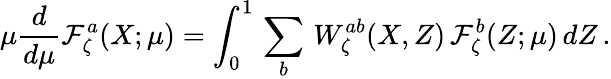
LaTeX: \mu\frac{d}{d\mu}{\cal F}_{\zeta}^{a}(X;\mu)=\int_{0}^{1}\, \sum_{b}\, W_{\zeta}^{ab}(X,Z)\, {\cal F}_{\zeta}^{b}(Z;\mu)\, dZ\, .